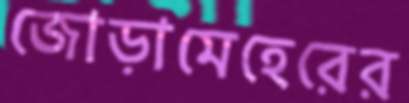
জোড়ামেহেরের